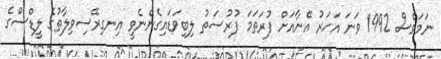
ނަމަވެސް 1992 ވަނަ އަހަރު އޭނާއަށް ފުރަތަމަ ފުރުސަތު ލިބިވަޑައިގެންނެވީ އިނގިރޭސިވިލާތުގެ ލީޑްސްގެ